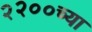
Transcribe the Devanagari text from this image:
२२००च्या